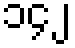
၁၄၂